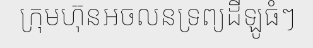
ក្រុមហ៊ុនអចលនទ្រព្យដីឡូធំៗ